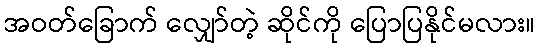
အဝတ်ခြောက် လျှော်တဲ့ ဆိုင်ကို ပြောပြနိုင်မလား။